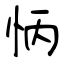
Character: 怲